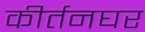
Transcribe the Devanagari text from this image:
कीर्तनघर